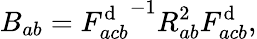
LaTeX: B_{ab}={F_{acb}^{\mathrm{d}}}^{-1}R_{ab}^{2}F_{acb}^{\mathrm{d}},